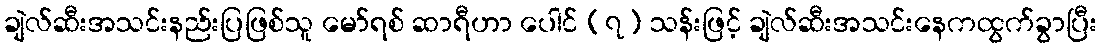
ချဲလ်ဆီးအသင်းနည်းပြဖြစ်သူ မော်ရစ် ဆာရီဟာ ပေါင် (၇) သန်းဖြင့် ချဲလ်ဆီးအသင်းနေကထွက်ခွာပြီး